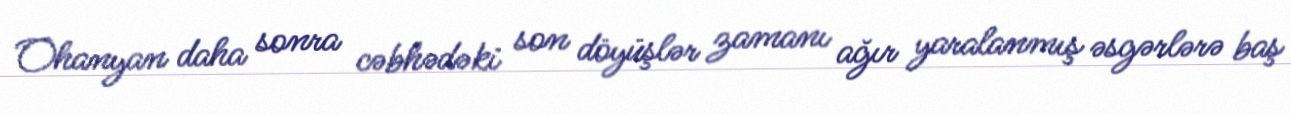
Ohanyan daha sonra cəbhədəki son döyüşlər zamanı ağır yaralanmış əsgərlərə baş